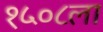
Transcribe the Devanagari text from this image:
१५०८ला